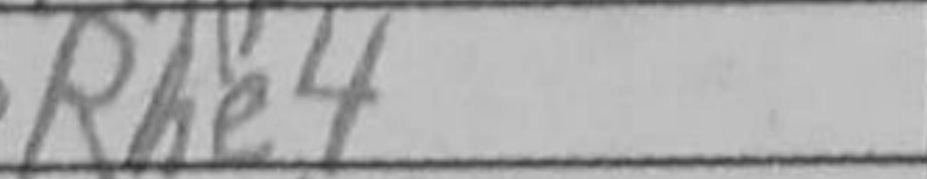
Transcription: Rhe4